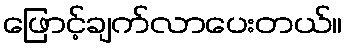
ဖြောင့်ချက်လာပေးတယ်။